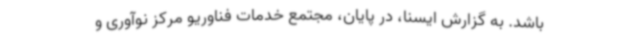
باشد. به گزارش ایسنا، در پایان، مجتمع خدمات فناوریو مرکز نوآوری و